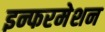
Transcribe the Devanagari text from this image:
इन्फरमेशन